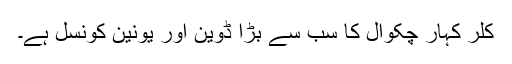
کلر کہار چکوال کا سب سے بڑا ڈوین اور یونین کونسل ہے۔